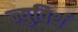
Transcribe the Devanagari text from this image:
न्युविर्थ